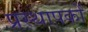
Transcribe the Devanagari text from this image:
प्रस्थापकों